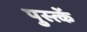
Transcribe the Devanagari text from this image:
पुस्त्कें